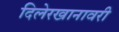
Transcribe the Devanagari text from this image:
दिलेरखानावरी